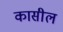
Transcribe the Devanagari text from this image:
कासील